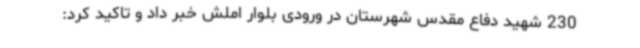
230 شهید دفاع مقدس شهرستان در ورودی بلوار املش خبر داد و تاکید کرد: